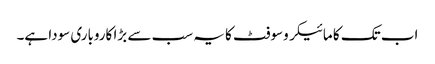
اب تک کا مائیکروسوفٹ کا یہ سب سے بڑا کاروباری سودا ہے۔